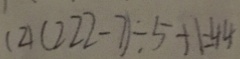
( 2 ) ( 2 2 2 - 7 ) \div 5 + 1 = 4 4